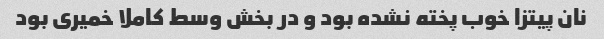
نان پیتزا خوب پخته نشده بود و در بخش وسط کاملا خمیری بود